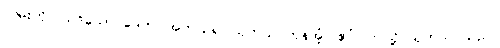
လမ်းကို။ ယဒိသော ဒေတ၊ အကယ်၍ သုတ်သင်ကုန်အံ့။ ဧဝံ၊ ဤသို့ သုတ်သင်သည်။